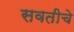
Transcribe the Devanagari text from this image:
सवतीचे